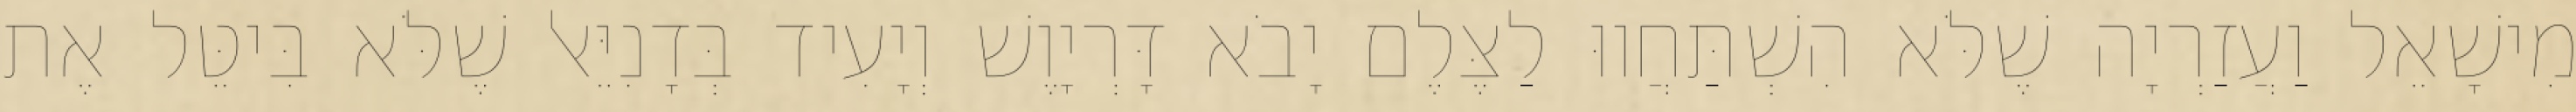
מִישָׁאֵל וַעֲזַרְיָה שֶׁלֹּא הִשְׁתַּחֲווּ לַצֶּלֶם יָבֹא דָּרְיָוֶשׁ וְיָעִיד בְּדָנִיֵּאל שֶׁלֹּא בִּיטֵּל אֶת